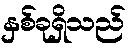
နှစ်ခုရှိသည်